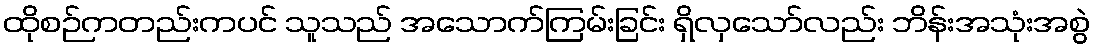
ထိုစဉ်ကတည်းကပင် သူသည် အသောက်ကြမ်းခြင်း ရှိလှသော်လည်း ဘိန်းအသုံးအစွဲ